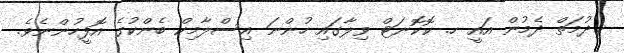
ޚިދުމަތް ދެމުން އައީ ހ. ކޮކޮނަޓް ވިލާގައި ހުންނަ އިސްލާމިކް ބެންކުގެ އޮފީހުންނެވެ.